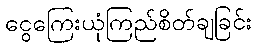
ငွေကြေးယုံကြည်စိတ်ချခြင်း